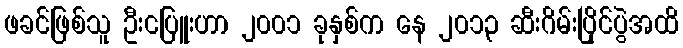
ဖခင်ဖြစ်သူ ဦးငပြူးဟာ ၂၀၀၁ ခုနှစ်က နေ ၂၀၁၃ ဆီးဂိမ်းပြိုင်ပွဲအထိ